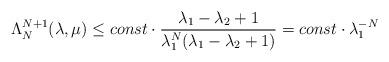
LaTeX: \begin{align*}\Lambda^{N+1}_N(\lambda, \mu) \leq const\cdot\frac{\lambda_1 - \lambda_2 + 1}{\lambda_1^N(\lambda_1 - \lambda_2+1)}= const\cdot\lambda_1^{-N}\end{align*}